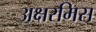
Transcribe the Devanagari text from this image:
अक्षरमिस